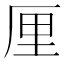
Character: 厘